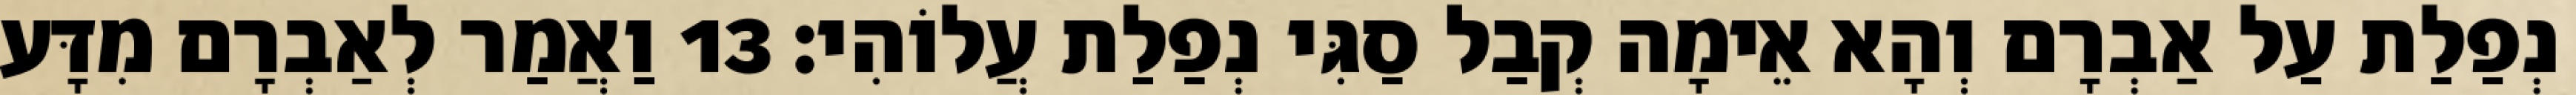
נְפַלַת עַל אַבְרָם וְהָא אֵימָה קְבַל סַגִּי נְפַלַת עֲלוֹהִי׃ 13 וַאֲמַר לְאַבְרָם מִדָּע